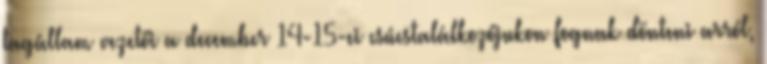
tagállam vezetői a december 14-15-ei csúcstalálkozójukon fognak dönteni arról,